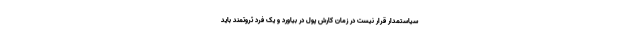
سیاستمدار قرار نیست در زمان کارش پول در بیاورد و یک فرد ثروتمند باید